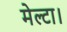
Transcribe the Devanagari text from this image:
मेल्टा।